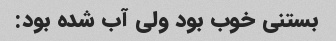
بستنی خوب بود ولی آب شده بود: